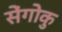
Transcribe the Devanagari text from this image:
सेंगोकु